Vaccine operations Central Provinces 1868-1885 - 1868-1885
Year: 1868
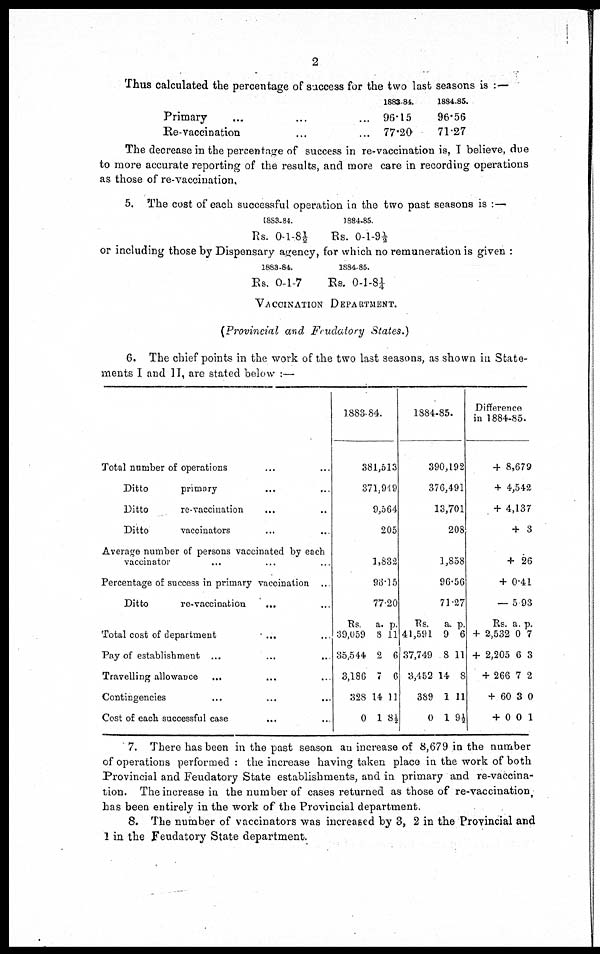
2
Thus calculated the percentage of success for the two last seasons is :—
Primary ... ... ...
Re-vaccination ... ... ...
1883-84.
96.15
77.20
1884-85.
96.56
71.27
The decrease in the percentage of success in re-vaccination is, I believe, due
to more accurate reporting of the results, and more care in recording operations
as those of re-vaccination.
5. The cost of each successful operation in the two past seasons is :—
1883-84.
Rs. 0-1-8½
1884-85.
Rs. 0-l-9½
or including those by Dispensary agency, for which no remuneration is given :
1883-84.
Rs. 0-1-7
1884-85.
Rs. 0-1-8¼
VACCINATION DEPARTMENT.
(Provincial and Feudatory States.)
6. The chief points in the work of the two last seasons, as shown in State-
ments I and II, are stated below :—
Total number of operations ... ...
Ditto
primary ... ...
Ditto
re-vaccination ... ...
Ditto
vaccinators ... ...
Average number of persons vaccinated by each
vaccinator ... ... ...
Percentage of success in primary vaccination ...
Ditto
re-vaccination ... ...
Total cost of department ... ...
Pay of establishment
...
...
...
Travelling allowance ... ... ...
Contingencies
...
...
...
Cost of each successful case ... ...
1883-84.
381,513
371,949
9,564
205
1,832
96.15
77.20
Rs.
39,059
35,544
3,186
328
0
a.
8
2
7
14
1
p.
11
6
6
11
8½
1884-85.
390,192
376,491
13,701
208
1,858
96.56
71.27
Rs.
41,591
37,749
3,452
389
0
a.
9
8
14
1
1
P.
6
11
8
11
9½
Difference
in 1884-85.
+ 8,679
+ 4,542
+ 4,137
+ 3
+ 26
+ 0.41
— 5.93
Rs.
+ 2,532
+ 2,205
+ 266
+ 60
+ 0
a.
0
6
7
3
0
p.
7
3
2
0
1
7. There has been in the past season an increase of 8,679 in the number
of operations performed : the increase having taken place in the work of both
Provincial and Feudatory State establishments, and in primary and re-vaccina-
tion. The increase in the number of cases returned as those of re-vaccination,
has been entirely in the work of the Provincial department.
8. The number of vaccinators was increased by 3, 2 in the Provincial and
1 in the Feudatory State department.